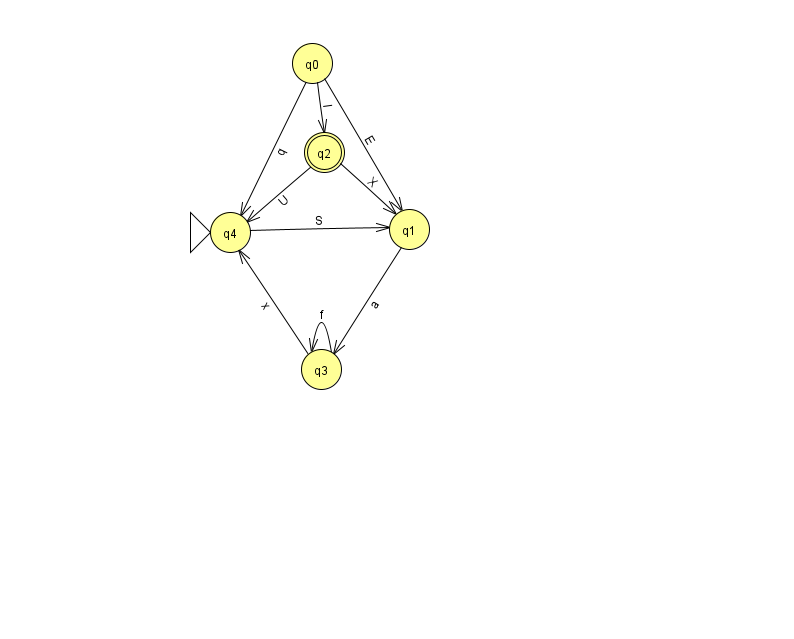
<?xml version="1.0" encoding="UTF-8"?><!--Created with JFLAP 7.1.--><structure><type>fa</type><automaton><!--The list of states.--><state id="0" name="q0"><x>312.0</x><y>50.0</y></state><state id="1" name="q1"><x>409.0</x><y>216.0</y></state><state id="2" name="q2"><x>324.0</x><y>139.0</y><final/></state><state id="3" name="q3"><x>321.0</x><y>356.0</y></state><state id="4" name="q4"><x>230.0</x><y>219.0</y><initial/></state><!--The list of transitions.--><transition><from>3</from><to>4</to><read>x</read></transition><transition><from>0</from><to>4</to><read>q</read></transition><transition><from>2</from><to>1</to><read>X</read></transition><transition><from>4</from><to>1</to><read>S</read></transition><transition><from>3</from><to>3</to><read>f</read></transition><transition><from>0</from><to>1</to><read>E</read></transition><transition><from>0</from><to>2</to><read>l</read></transition><transition><from>1</from><to>3</to><read>a</read></transition><transition><from>2</from><to>4</to><read>U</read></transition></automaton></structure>